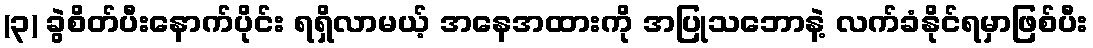
(၃) ခွဲစိတ်ပီးနောက်ပိုင်း ရရှိလာမယ့် အနေအထားကို အပြုသဘောနဲ့ လက်ခံနိုင်ရမှာဖြစ်ပီး